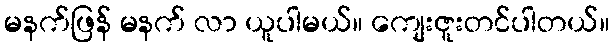
မနက်ဖြန် မနက် လာ ယူပါမယ်။ ကျေးဇူးတင်ပါတယ်။